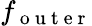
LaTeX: f_{\mathrm{~o~u~t~e~r~}}